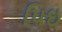
પિઇ